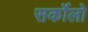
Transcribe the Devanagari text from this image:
सर्कोलो